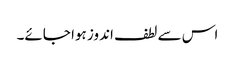
اس سے لطف اندوز ہوا جائے۔